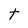
Character: t